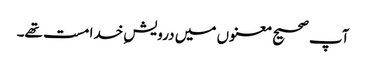
آپ صحیح معنوں میں درویشِ خدا مست تھے۔